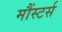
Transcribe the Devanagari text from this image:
मौंस्टर्स